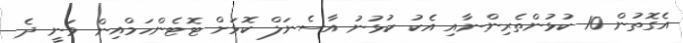
އެގޮތުން 10 ކުޅުންތެރިންނާއި އެކު ކުޅުނު އާސެނަލް ކޮޅަށް ޓޮޓެންހަމްއިން ވަނީ ދެ